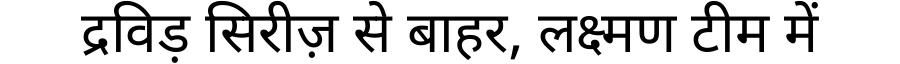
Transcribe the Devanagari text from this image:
द्रविड़ सिरीज़ से बाहर, लक्ष्मण टीम में